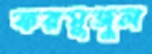
ফরমুজুল